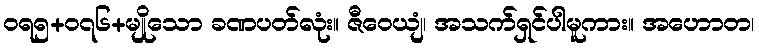
ဝရ၅+၀၇၆+မျိုသော ခဏပတ်လုံး။ ဇီဝေယျံ၊ အသက်ရှင်ပါမူကား။ အဟောတ၊